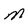
Character: M